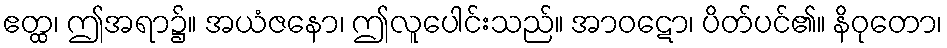
ဧတ္ထ၊ ဤအရာ၌။ အယံဇနော၊ ဤလူပေါင်းသည်။ အာဝဋော၊ ပိတ်ပင်၏။ နိဝုတော၊